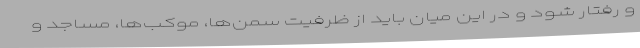
و رفتار شود و در این میان باید از ظرفیت سمن‌ها، ‌موکب‌ها، مساجد و